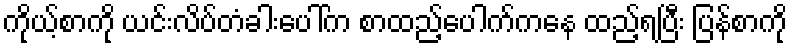
ကိုယ့်စာကို ယင်းလိပ်တံခါးပေါ်က စာထည့်ပေါက်ကနေ ထည့်ရပြီး ပြန်စာကို